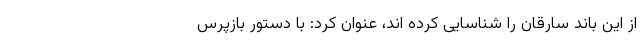
از این باند سارقان را شناسایی کرده اند، عنوان کرد: با دستور بازپرس